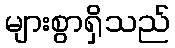
များစွာရှိသည်